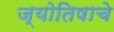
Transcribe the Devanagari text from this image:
ज्योतिषाचे